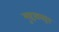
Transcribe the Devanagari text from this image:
मुद्दय़ावरून